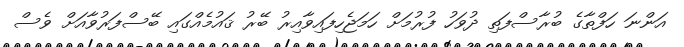
އަންނަ ހަފްތާގެ ބުރާސްފަތި ދުވަހު ފުރުމަށް ހަމަޖެހިފައިވާއިރު ބޭރު ޤައުމެއްގައި ބޭސްފަރުވާއަށް ވެސް